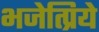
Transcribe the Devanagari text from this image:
भजेत्प्रिये